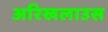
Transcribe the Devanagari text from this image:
अरिखलाउस